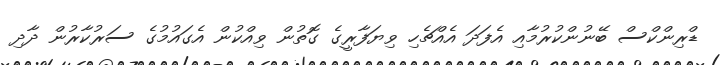
ޑްރިންކްސް ބޭނުންކުރުމާއި އެފަދަ އެއްޗެހި ވިޔަފާރީގެ ގޮތުން ވިއްކުން އެގައުމުގެ ސަރުކާރުން ދާދި